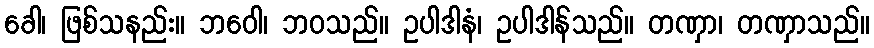
ခေါ၊ ဖြစ်သနည်း။ ဘဝေါ၊ ဘဝသည်။ ဥပါဒါနံ၊ ဥပါဒါန်သည်။ တဏှာ၊ တဏှာသည်။